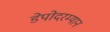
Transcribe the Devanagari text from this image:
डेपोदरम्यान